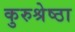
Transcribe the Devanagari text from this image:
कुरुश्रेष्ठा